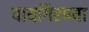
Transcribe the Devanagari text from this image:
पायगिरण्या